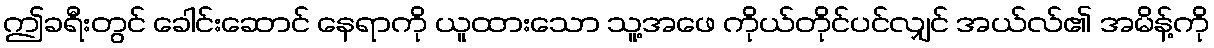
ဤခရီးတွင် ခေါင်းဆောင် နေရာကို ယူထားသော သူ့အဖေ ကိုယ်တိုင်ပင်လျှင် အယ်လ်၏ အမိန့်ကို